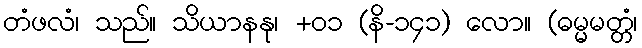
တံဖလံ၊ သည်။ သိယာနနု၊ +၀၁ (နိ-၁၄၁) လော။ (ဓမ္မမတ္တံ၊